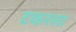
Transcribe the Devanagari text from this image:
टकरला